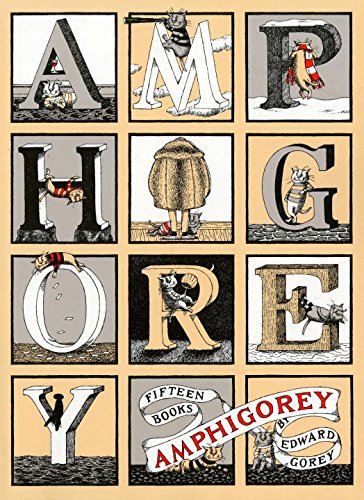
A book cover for Amphigorey: Fifteen Books; Comics & Graphic Novels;